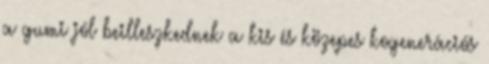
a gumi jól beilleszkednek a kis és közepes kogenerációs